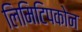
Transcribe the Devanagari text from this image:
लिमिटिपकोन